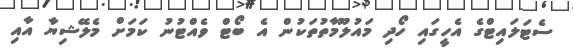
ސެޓަލައިޓްގެ އެހީގައި ހޯދި މައުލޫމާތުތަކުން އެ ބޯޓް ވެއްޓުނު ކަމަށް މެލޭޝިޔާ އާއި